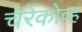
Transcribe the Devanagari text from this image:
चेरेंकोव्ह